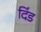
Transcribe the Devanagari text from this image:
दिंड